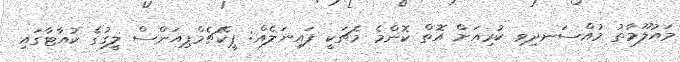
މައުލޫމާތު މުއްސަނދިވި ކުރިއަށް އޮތް ކޮންމެ މެޗަކީ ފައިނަލެއް: ޕީކޭޗެމްޕިއަންސް ލީގުގެ ކުއާޓާގައި